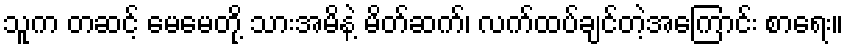
သူက တဆင့် မေမေတို့ သားအမိနဲ့ မိတ်ဆက်၊ လက်ထပ်ချင်တဲ့အကြောင်း စာရေး။